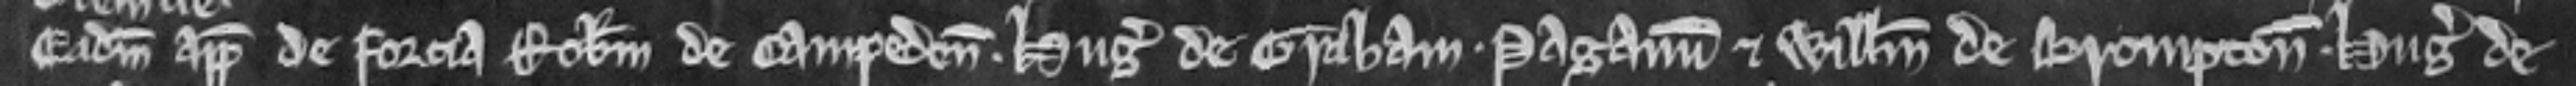
Eadem appellavit de forcia Robertum de Campeden. Hugonem de Graham. Paganum et Willelmum de Brompton. Hugonem de